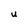
Character: U